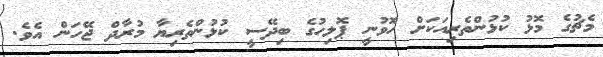
މެޗުގެ މޮޅު ކުޅުންތެރިއަކަށް ހޮވުނީ ޕޮލިހުގެ ބިދޭސީ ކުުުޅުންތެރިޔާ މުރާދް ޖޭހަން އެވެ.